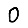
Digit: 0